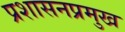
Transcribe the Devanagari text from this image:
प्रशासनप्रमुख